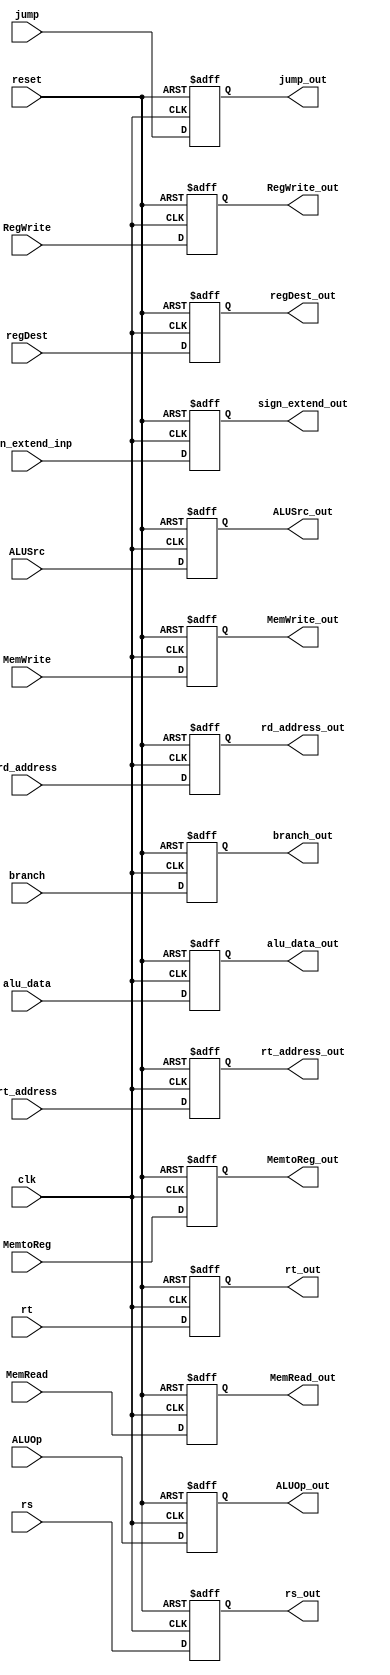
module ID_EX_pipeline_reg (
    input wire clk,
    input wire reset,
    
    input wire [31:0] alu_data, 
    input wire [31:0] rs,
    input wire [31:0] rt,
    input wire [31:0] sign_extend_inp,
    input wire [4:0] rt_address,
    input wire [4:0] rd_address,
    
    input wire regDest,
    input wire jump,
    input wire branch,
    input wire MemRead,
    input wire MemtoReg,
    input wire MemWrite,
    input wire ALUSrc,
    input wire [1:0] ALUOp,
    input wire RegWrite,
    
    output reg [31:0] alu_data_out,
    output reg [31:0] rs_out,
    output reg [31:0] rt_out,
    output reg [31:0] sign_extend_out,
    output reg [4:0] rt_address_out,
    output reg [4:0] rd_address_out,
    
    output reg regDest_out,
    output reg jump_out,
    output reg branch_out,
    output reg MemRead_out,
    output reg MemtoReg_out,
    output reg MemWrite_out,
    output reg ALUSrc_out,
    output reg [1:0] ALUOp_out,
    output reg RegWrite_out
);

    always @(posedge clk or posedge reset) begin
        if (reset) begin
            alu_data_out <= 32'h0;
            rs_out <= 32'h0;
            rt_out <= 32'h0;
            sign_extend_out <= 32'h0;
            rt_address_out <= 5'b0;
            rd_address_out <= 5'b0;
            
            regDest_out <= 1'b0;
            jump_out <= 1'b0;
            branch_out <= 1'b0;
            MemRead_out <= 1'b0;
            MemtoReg_out <= 1'b0;
            MemWrite_out <= 1'b0;
            ALUSrc_out <= 1'b0;
            ALUOp_out <= 2'b0;
            RegWrite_out <= 1'b0;
        end else begin
            alu_data_out <= alu_data;
            rs_out <= rs;
            rt_out <= rt;
            sign_extend_out <= sign_extend_inp;
            rt_address_out <= rt_address;
            rd_address_out <= rd_address;
            
            regDest_out <= regDest;
            jump_out <= jump;
            branch_out <= branch;
            MemRead_out <= MemRead;
            MemtoReg_out <= MemtoReg;
            MemWrite_out <= MemWrite;
            ALUSrc_out <= ALUSrc;
            ALUOp_out <= ALUOp;
            RegWrite_out <= RegWrite;
        end
    end

endmodule